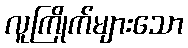
လူကြိုက်များသော